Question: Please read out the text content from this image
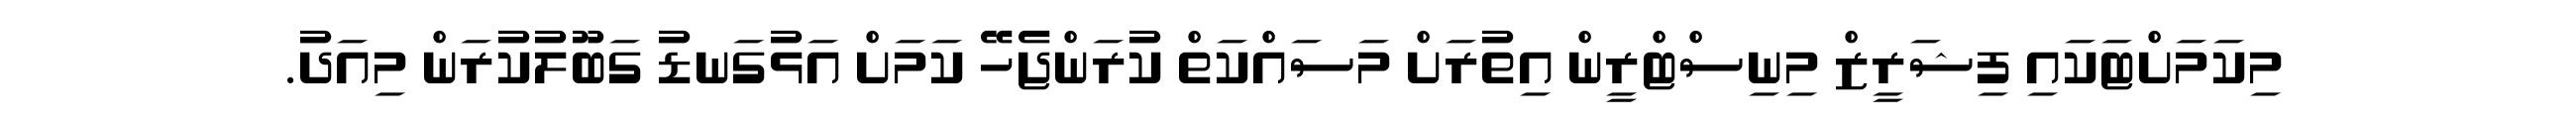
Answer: މިކަމަށްޓަކައި ފިޝަރީޒް މިނިސްޓްރީން އިތުރަށް މަސައްކަތް ކުރަންޖެހޭ ކަމަށް އަޅުގަނޑު ގަބޫލުކުރަން މިއަދު.